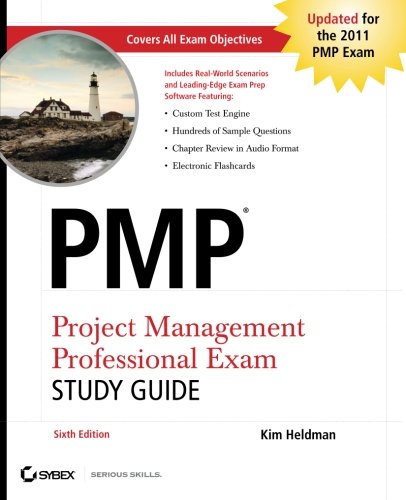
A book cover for PMP Project Management Professional Exam Study Guide; Kim Heldman; Test Preparation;